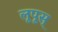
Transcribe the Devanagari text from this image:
लूपूस्